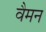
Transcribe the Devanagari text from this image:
वैमन